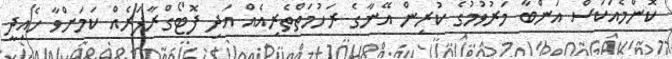
ކޮންމެއަކަސް އަންބާ މަރުވުމުގެ ކުރިން އޭނާގެ ރަހުމަތްތެރިއެއް އަދި ފޮޓޯގްރާފަރެއް ކަމަށްވާ ހެއިދީ